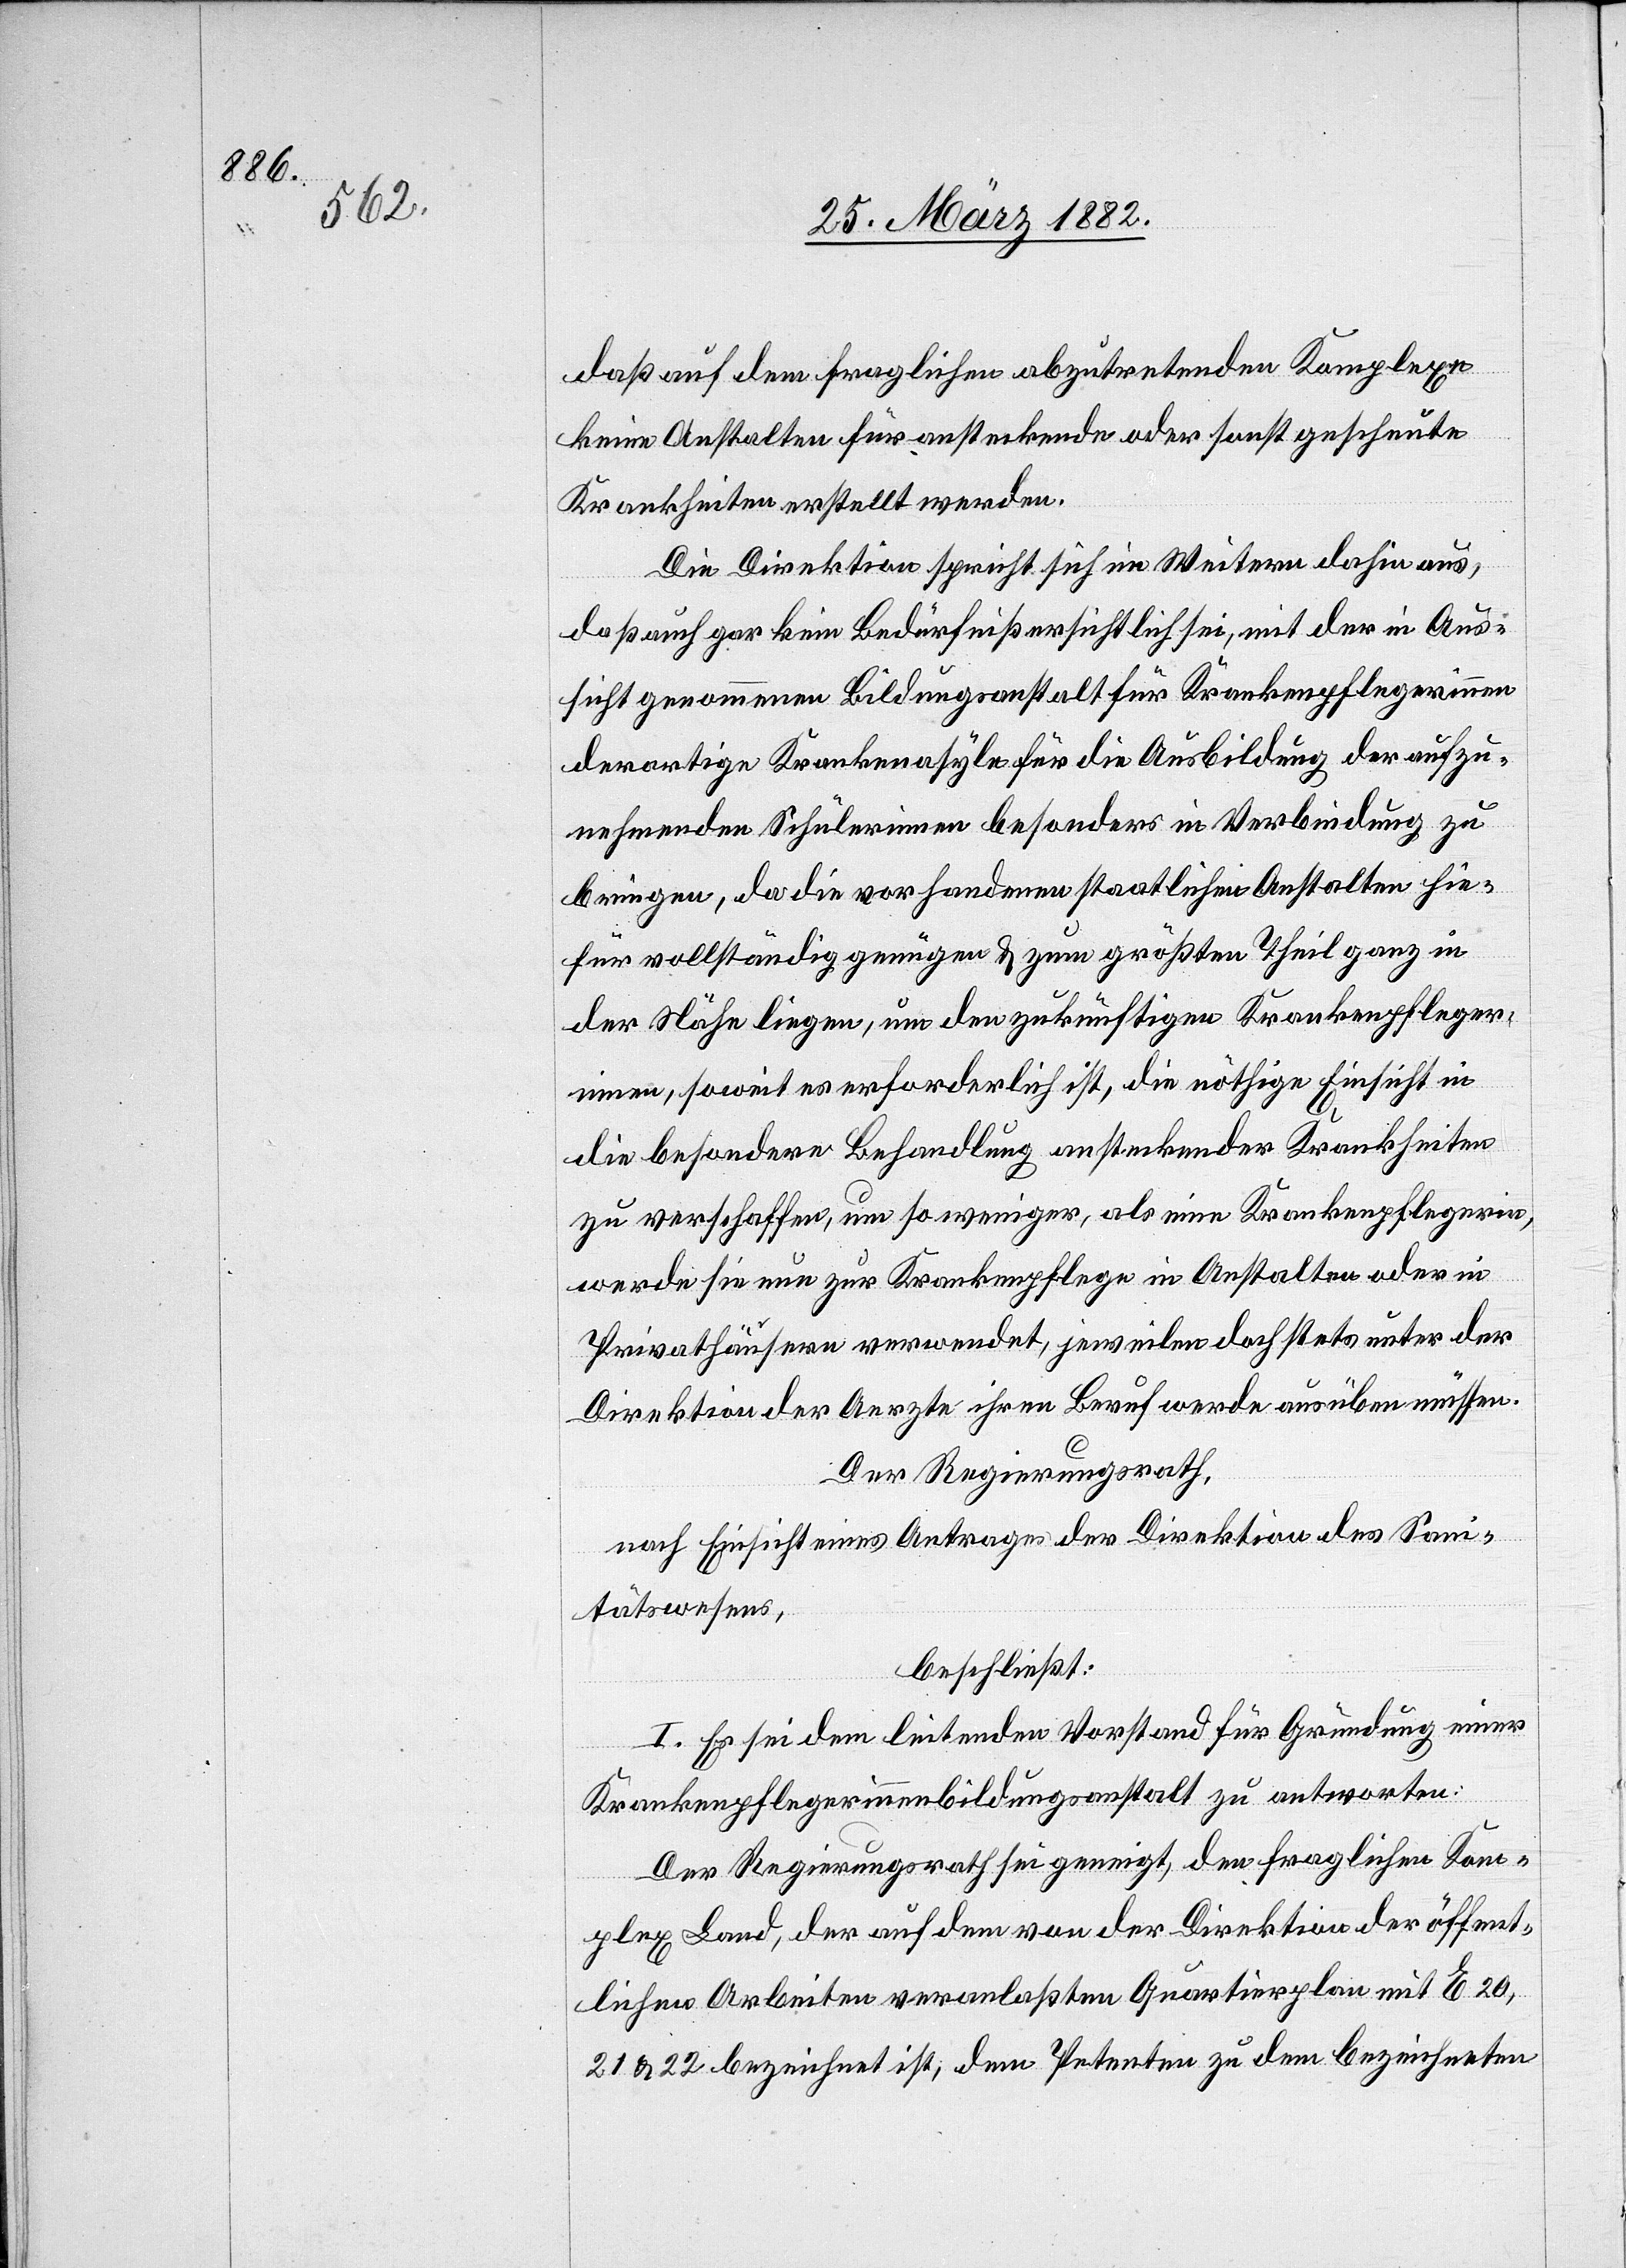
daß auf dem fraglichen abzutretenden Komplexe
keine Anstalten für ansteckende oder sonst gescheute
Krankheiten erstellt werden.
Die Direktion spricht sich im Weitern dahin aus,
daß auch gar kein Bedürfniß ersichtlich sei, mit der in Aus¬
sicht genommenen Bildungsanstalt für Krankenpflegerinnen
derartige Krankenasyle für die Ausbildung der aufzu¬
nehmenden Schülerinnen besonders in Verbindung zu
bringen, da die vorhandenen staatlichen Anstalten hie¬
für vollständig genügen & zum größten Theil ganz in
der Nähe liegen, um den zukünftigen Krankenpfleger¬
innen, soweit es erforderlich ist, die nöthige Einsicht in
die besondere Behandlung ansteckender Krankheiten
zu verschaffen, um so weniger, als eine Krankenpflegerin,
werde sie nun zur Krankenpflege in Anstalten oder in
Privathäusern verwendet, jeweilen doch stets unter der
Direktion der Aerzte ihren Beruf werde ausüben müssen.
Der Regierungsrath,
nach Einsicht eins Antrages der Direktion des Sani¬
tätswesens,
beschließt:
I. Es sei dem leitenden Vorstand für Gründung einer
Krankenpflegerinnenbildungsanstalt zu antworten:
Der Regierungsrath sei geneigt, den fraglichen Kom¬
plex Land, der auf dem von der Direktion der öffent¬
lichen Arbeiten veranlaßtem Quartierplan mit E. 20,
21 & 22 bezeichnet ist, dem Petenten zu dem bezeichneten